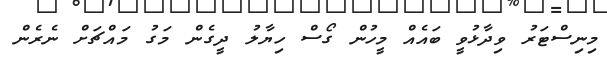
މިނިސްޓަރު ވިދާޅުވީ ބައެއް މީހުން ގޯސް ހިޔާލު ދީގެން މަގު މައްޗަށް ނެރެން